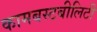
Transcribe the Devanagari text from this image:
कामबस्टबीलिटी